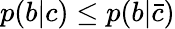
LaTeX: p(b|c)\leq p(b|\bar{c})